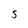
Character: S